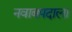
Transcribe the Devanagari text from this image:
नवाबपदाला